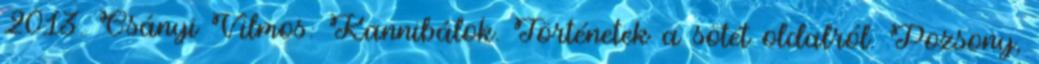
2013. Csányi Vilmos: Kannibálok. Történetek a sötét oldalról. Pozsony,